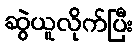
ဆွဲယူလိုက်ပြီး